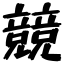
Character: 競